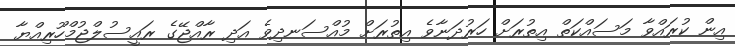
އިން ކުރައްވާ މަސައްކަތް އިތުރަށް ހަރުދަނާވެ އިތުރަށް މުއްސަނދިވެ އަދި ރާއްޖޭގެ ރައީސުލްޖުމްހޫރިއްޔާ